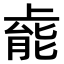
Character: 𫠹